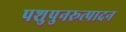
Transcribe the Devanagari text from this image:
पशुपुनरूत्पादन